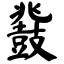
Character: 鼗